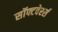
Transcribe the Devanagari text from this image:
सॉफ्टवेरर्स